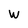
Character: w